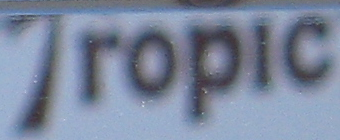
Tropic